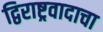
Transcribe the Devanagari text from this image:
द्विराष्ट्रवादाचा